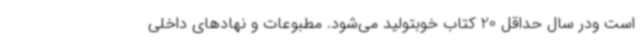
است ودر سال حداقل 20 کتاب خوبتولید می‌شود. مطبوعات و نهادهای داخلی